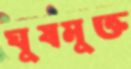
ঘুষমুক্ত